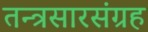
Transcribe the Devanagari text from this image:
तन्त्रसारसंग्रह